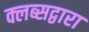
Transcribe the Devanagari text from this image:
क्लब्सद्वारा